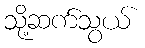
သို့ဆက်သွယ်